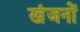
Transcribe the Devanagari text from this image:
खंजनों